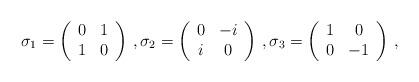
LaTeX: \begin{align*}\sigma_1 = \left(\begin{array}{cc} 0 & 1 \\ 1 & 0 \\ \end{array} \right) \,,\sigma_2 = \left(\begin{array}{cc} 0 & -i \\ i & 0 \\ \end{array} \right) \,,\sigma_3 = \left(\begin{array}{cc} 1 & 0 \\ 0 & -1 \\ \end{array} \right) \,,\end{align*}